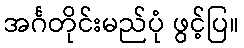
အင်္ဂတိုင်းမည်ပုံ ဖွင့်ပြ။